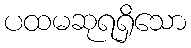
ပထမဆုရရှိသော